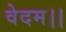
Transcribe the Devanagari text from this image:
वेदम।।